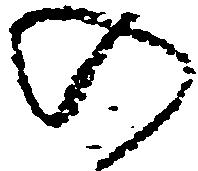
の